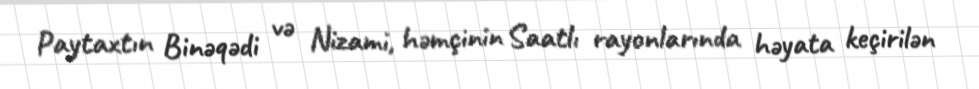
Paytaxtın Binəqədi və Nizami, həmçinin Saatlı rayonlarında həyata keçirilən